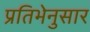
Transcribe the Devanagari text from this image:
प्रतिभेनुसार